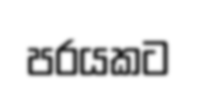
පරයකට